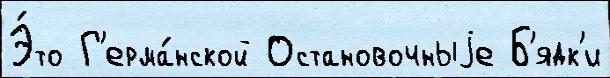
Э́то Г'ерма́нской Остановочныjе Б'ядк'и